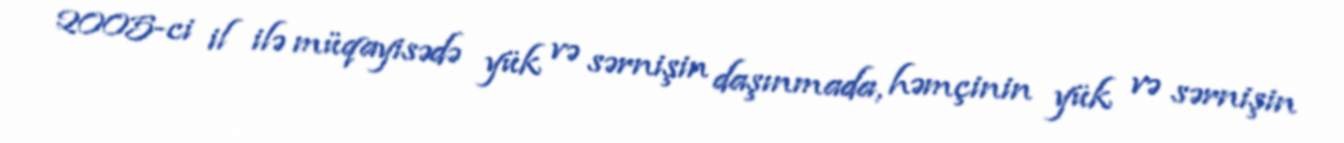
2005-ci il ilə müqayisədə yük və sərnişin daşınmada, həmçinin yük və sərnişin